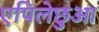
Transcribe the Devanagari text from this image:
एपिलेछुआ